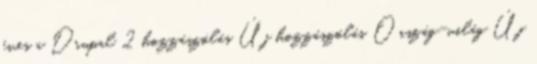
éves a Drupal 2 hozzászólás Új hozzászólás Ország-világ Új